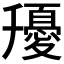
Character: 𭐰